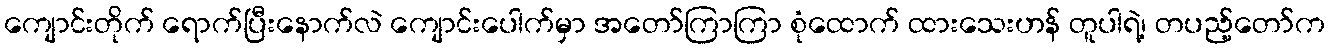
ကျောင်းတိုက် ရောက်ပြီးနောက်လဲ ကျောင်းပေါက်မှာ အတော်ကြာကြာ စုံထောက် ထားသေးဟန် တူပါရဲ့၊ တပည့်တော်က